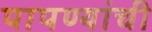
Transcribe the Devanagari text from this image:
पापण्यांची